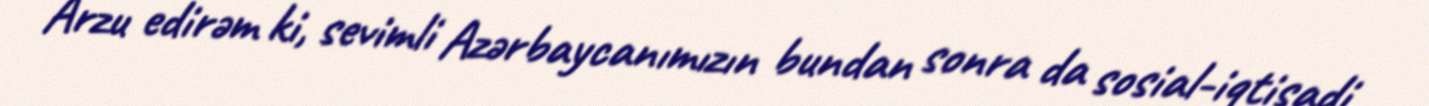
Arzu edirəm ki, sevimli Azərbaycanımızın bundan sonra da sosial-iqtisadi